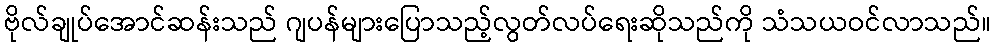
ဗိုလ်ချုပ်အောင်ဆန်းသည် ဂျပန်များပြောသည့်လွတ်လပ်ရေးဆိုသည်ကို သံသယဝင်လာသည်။